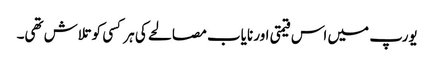
یورپ میں اس قیمتی اور نایاب مصالحے کی ہر کسی کو تلاش تھی۔